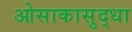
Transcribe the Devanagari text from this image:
ओसाकासुद्धा